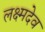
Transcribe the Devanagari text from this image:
लक्ष्मदेव